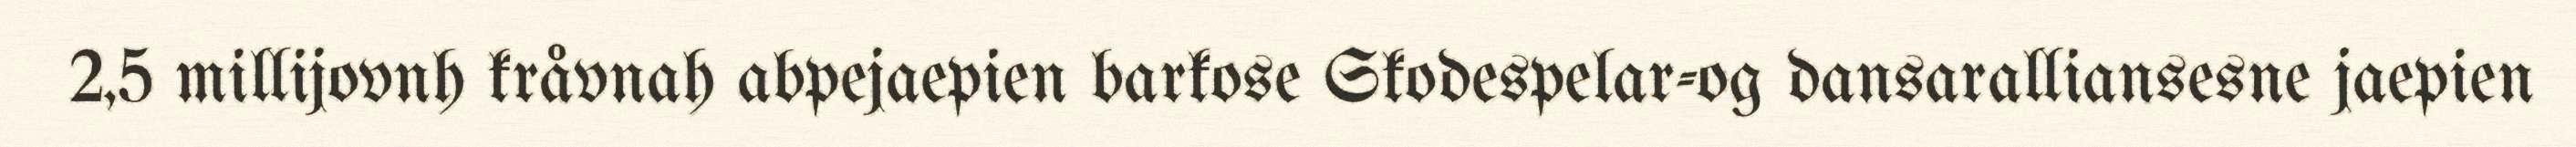
2,5 millijovnh kråvnah abpejaepien barkose Skodespelar-og dansaralliansesne jaepien